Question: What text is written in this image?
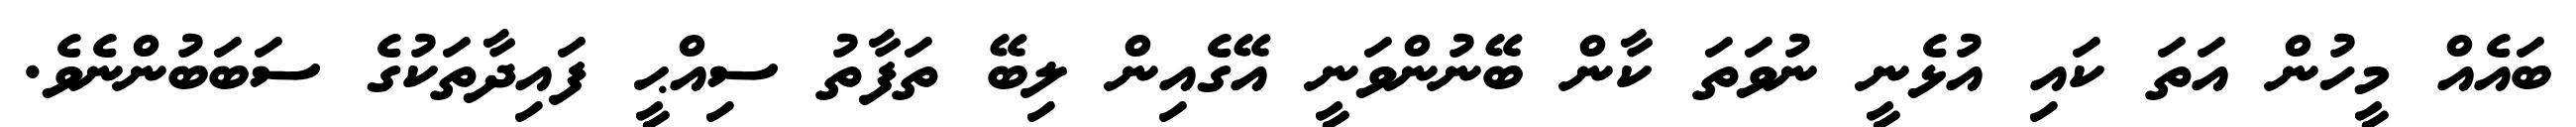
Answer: ބައެއް މީހުން އަތަ ކައި އުޅެނީ ނުވަތަ ކާން ބޭނުންވަނީ އޭގެއިން ލިބޭ ތަފާތު ސިއްޙީ ފައިދާތަކުގެ ސަބަބުންނެވެ.